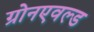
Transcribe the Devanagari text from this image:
ग्रोनएवल्ड